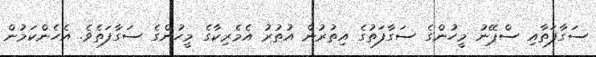
ސަގާފަތާއި ސްޕޭނު މީހުންގެ ސަގާފަތުގެ އިތުރުން އުތުރު އެމެރިކާގެ މީހުންގެ ސަގާފަތެވެ. އެހެންކަމުން